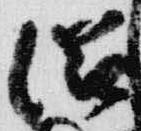
滋